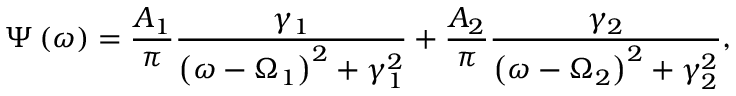
\Psi \left( \omega \right) = \frac { A _ { 1 } } { \pi } \frac { \gamma _ { 1 } } { \left( \omega - \Omega _ { 1 } \right) ^ { 2 } + \gamma _ { 1 } ^ { 2 } } + \frac { A _ { 2 } } { \pi } \frac { \gamma _ { 2 } } { \left( \omega - \Omega _ { 2 } \right) ^ { 2 } + \gamma _ { 2 } ^ { 2 } } ,